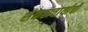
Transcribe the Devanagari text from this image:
शंकराचार्याची